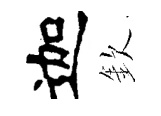
迦欽